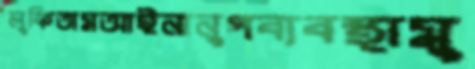
লুফিতামআইনানুগব্যবস্থামু